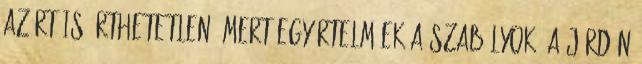
azért is érthetetlen, mert egyértelműek a szabályok, a járdán